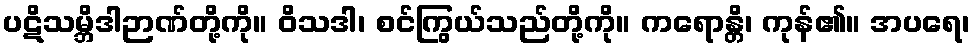
ပဋိသမ္ဘိဒါဉာဏ်တို့ကို။ ဝိသဒါ၊ စင်ကြွယ်သည်တို့ကို။ ကရောန္တိ၊ ကုန်၏။ အပရေ၊